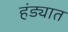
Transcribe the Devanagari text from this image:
हंड्यात